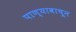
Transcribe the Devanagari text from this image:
पाण्यावाचून